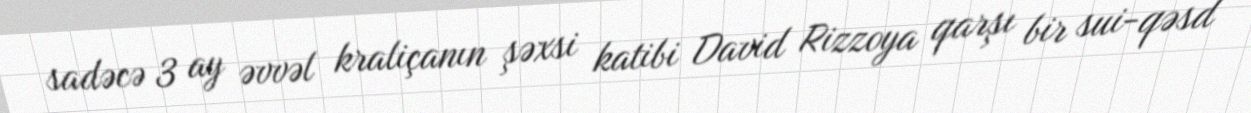
sadəcə 3 ay əvvəl kraliçanın şəxsi katibi David Rizzoya qarşı bir sui-qəsd